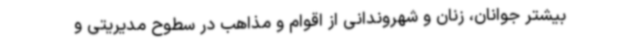
بیشتر جوانان، زنان و شهروندانی از اقوام و مذاهب در سطوح مدیریتی و